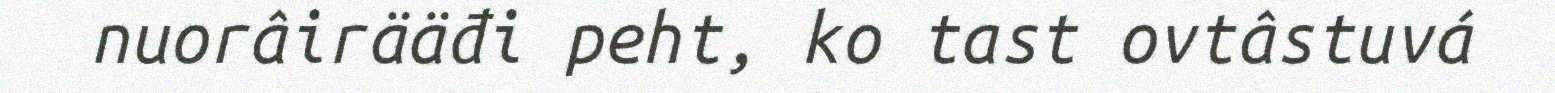
nuorâirääđi peht, ko tast ovtâstuvá